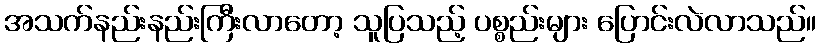
အသက်နည်းနည်းကြီးလာတော့ သူပြသည့် ပစ္စည်းများ ပြောင်းလဲလာသည်။